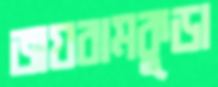
জয়রামকুড়া